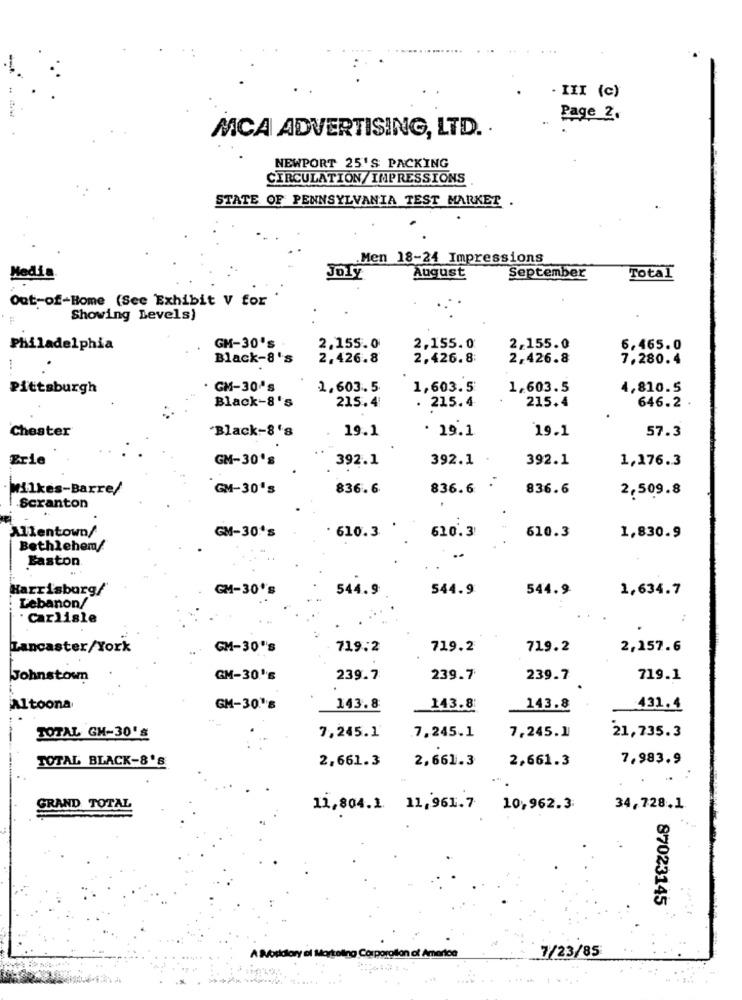
· III (c)
Page 2.
MCA ADVERTISING, LTD. .
NEWPORT 25'S PACKING
CIRCULATION/IMPRESSIONS
STATE OF PENNSYLVANIA TEST MARKET .
Men 18-24 Impressions
Media.
August
Joly
September
Total
Out-of-Home (See Exhibit V for
Showing Levels)
Philadelphia
GM-30's
2.155.0
2,155.0
2,155.0
6,465.0
Black-8's
2.426.8
2.426.8:
2,426.8
7,280.4
Pittsburgh
· GM-30's
1.603.5
1,603.5
1,603.5
4,810.5
215.4
Black-8's
215.4
. 215.4
646.2
Chester
"Black-8's
19.1
. 19.1
19.1
57.3
Erie
GM-30's
392.1
392.1
392.1
1,176.3
Wilkes-Barre/
GM-30's
836.6
836.6
836.6
2,509.8
Scranton
Allentown/
GM-30's
610.3 '
610.3
610.3
1,830.9
Bethlehem/
Easton
Harrisburg/
GM-30's
544.9
544.9
544.9
1,634.7
Lebanon/
Carlisle
Lancaster/York
GM-30's
719.2
719.2
719.2
2,157.6
Johnstown
GM-30's
239.7
239.7
239.7
719.1
Altoona
GM-30.''8
143.8
143.8
143.8
431.4
TOTAL GH-30'S
7,245.1
7,245.1
7,245.1
21,735.3
TOTAL BLACK-8's
2,661.3
2,661.3
7,983.9
2,661.3
GRAND TOTAL
11,804.1. 11,961.7 10,962.3
34,728.1
87023145
A Worldlory of Marketing Corporollon of America
7/23/85